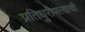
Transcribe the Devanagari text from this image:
प्रतिधुरीणत्वाची